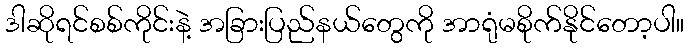
ဒါဆိုရင်စစ်ကိုင်းနဲ့ အခြားပြည်နယ်တွေကို အာရုံမစိုက်နိုင်တော့ပါ။